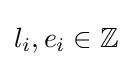
l_{i},e_{i}\in \mathbb {Z}